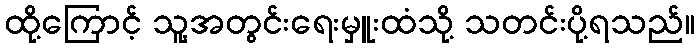
ထို့ကြောင့် သူ့အတွင်းရေးမှူးထံသို့ သတင်းပို့ရသည်။